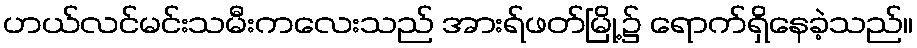
ဟယ်လင်မင်းသမီးကလေးသည် အားရ်ဖတ်မြို့၌ ရောက်ရှိနေခဲ့သည်။